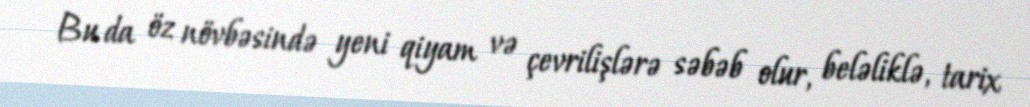
Bu da öz növbəsində yeni qiyam və çevrilişlərə səbəb olur, beləliklə, tarix